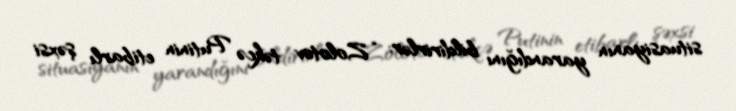
situasiyanın yarandığını bildirirlər: “Zolotov təkcə Putinin etibarlı şəxsi